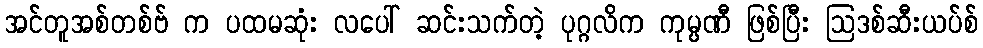
အင်တူအစ်တစ်ဗ် က ပထမဆုံး လပေါ် ဆင်းသက်တဲ့ ပုဂ္ဂလိက ကုမ္ပဏီ ဖြစ်ပြီး ဩဒစ်ဆီးယပ်စ်